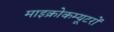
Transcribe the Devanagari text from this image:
माइक्रोकम्यूटरों